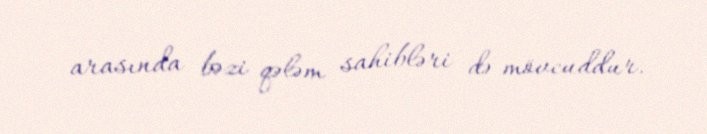
arasında bəzi qələm sahibləri də mövcuddur.